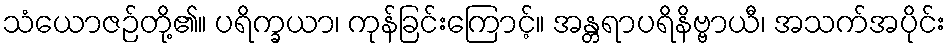
သံယောဇဉ်တို့၏။ ပရိက္ခယာ၊ ကုန်ခြင်းကြောင့်။ အန္တရာပရိနိဗ္ဗာယီ၊ အသက်အပိုင်း